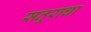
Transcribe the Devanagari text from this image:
सतूराचा